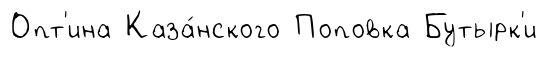
Опт'ина Каза́нского Поповка Бутырк'и